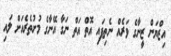
އިޒްޔަން ޒީނާގެ ވަރެއް ނެތިފައި އޮތް އަތް ނަގާ އޭނާގެ މުށުތެރެއަށް ލައި